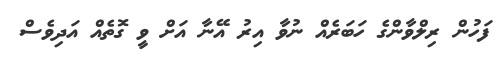
ފަހުން ރިލްވާންގެ ހަބަރެއް ނުވާ އިރު އޭނާ އަށް ވީ ގޮތެއް އަދިވެސް